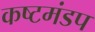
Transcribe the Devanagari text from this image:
कष्टमंडप